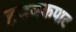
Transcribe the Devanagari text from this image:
हृदयकपाट